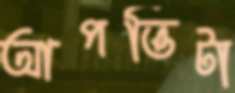
আপত্তিটা